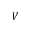
V